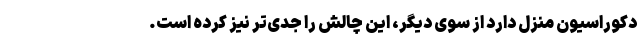
دکوراسیون منزل دارد از سوی دیگر، این چالش را جدی‌تر نیز کرده است.